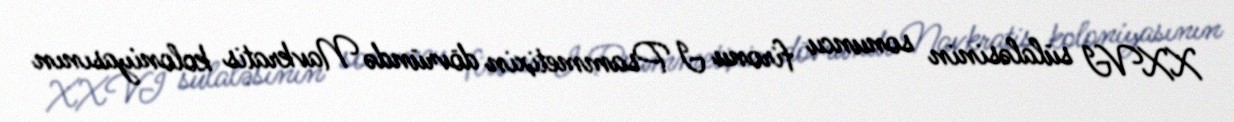
XXVI sülaləsinin sonuncu fironu I Psammetixin dövründə Navkratis koloniyasının